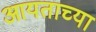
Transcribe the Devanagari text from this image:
आयताच्या